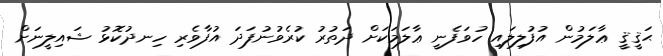
ޙަޤީޤީ ޢާލަމުން އުފުލިލައި ހުވަފެނީ ޢާލަމަކަށް ދަތުރު ކުރެވުނުފަދަ އުފާވެރި ހިނދުކޮޅު ޝައިލީނަށް